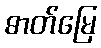
ဓာတ်မြေ